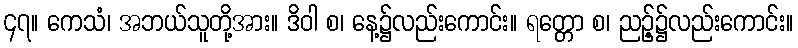
၄၇။ ကေသံ၊ အဘယ်သူတို့အား။ ဒိဝါ စ၊ နေ့၌လည်းကောင်း။ ရတ္တော စ၊ ညဉ့်၌လည်းကောင်း။